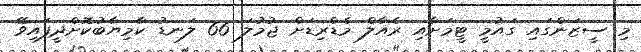
މި ސީޒަންގައި ގައުމީ ޓީމަށާއި ރެއާލް މެޑްރިޑަށް ޖުމުލަ 66 ލަނޑު ކާމިޔާބުކޮށްދީފައިވޭ